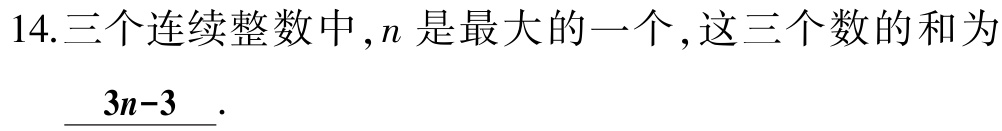
14.三个连续整数中，$n$是最大的一个，这三个数的和为\(\underline{3n - 3}\).